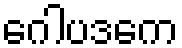
ဂေါပဒကေ